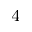
_ 4